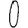
Digit: 0